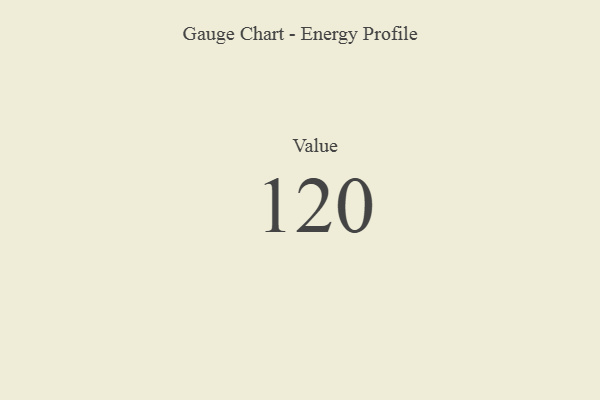
{"axis": {"x": "Metric", "y": "Value"}, "legend": [""], "data": [{"x": "Value", "y": 120, "type": ""}]}